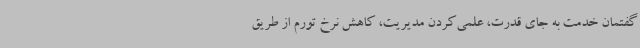
گفتمان خدمت به‌ جای قدرت، علمی‌کردن مدیریت، کاهش نرخ تورم از طریق